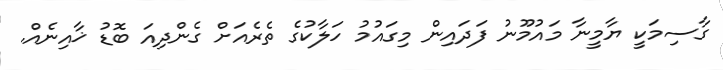
ގާސިމަކީ ޔާމީނާ މައުމޫނު ފަދައިން މިގައުމު ހަލާކުގެ ތެރެއަށް ގެންދިއަ ބޮޑު ޚާއިނެއް.